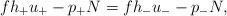
LaTeX: \begin{align*} fh_+u_+-p_+N=fh_-u_--p_-N,\end{align*}